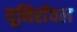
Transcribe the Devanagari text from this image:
यूनिरॉयल